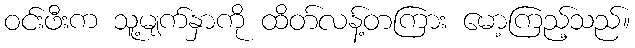
ဝင်းဖီးက သူ့မျက်နှာကို ထိတ်လန့်တကြား မော့ကြည့်သည်။